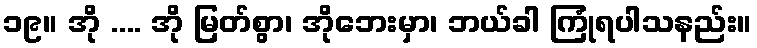
၁၉။ အို .... အို မြတ်စွာ၊ အိုဘေးမှာ၊ ဘယ်ခါ ကြုံရပါသနည်း။